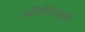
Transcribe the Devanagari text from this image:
स्टोरीटेलर्स